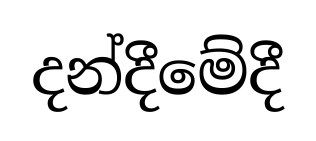
දන්දීමේදී